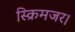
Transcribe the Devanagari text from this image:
स्क्रिमजर।